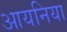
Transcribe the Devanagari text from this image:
आयनिया